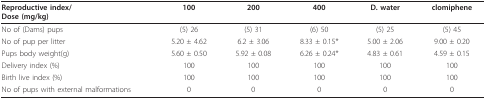
<table><thead><tr><td><b>Reproductive index/Dose (mg/kg)</b></td><td><b>100</b></td><td><b>200</b></td><td><b>400</b></td><td><b>D. water</b></td><td><b>clomiphene</b></td></tr></thead><tbody><tr><td>No of (Dams) pups</td><td>(5) 26</td><td>(5) 31</td><td>(6) 50</td><td>(5) 25</td><td>(5) 45</td></tr><tr><td>No of pup per litter</td><td>5.20 ± 4.62</td><td>6.2 ± 3.06</td><td>8.33 ± 0.15*</td><td>5.00 ± 2.06</td><td>9.00 ± 0.20</td></tr><tr><td>Pups body weight(g)</td><td>5.60 ± 0.50</td><td>5.92 ± 0.08</td><td>6.26 ± 0.24*</td><td>4.83 ± 0.61</td><td>4.59 ± 0.15</td></tr><tr><td>Delivery index (%)</td><td>100</td><td>100</td><td>100</td><td>100</td><td>100</td></tr><tr><td>Birth live index (%)</td><td>100</td><td>100</td><td>100</td><td>100</td><td>100</td></tr><tr><td>No of pups with external malformations</td><td>0</td><td>0</td><td>0</td><td>0</td><td>0</td></tr></tbody></table>